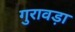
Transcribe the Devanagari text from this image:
गुरावड़ा